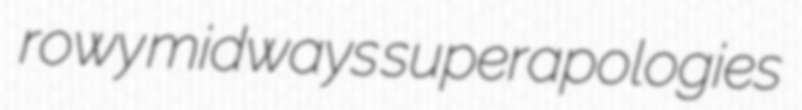
rowy midways superapologies